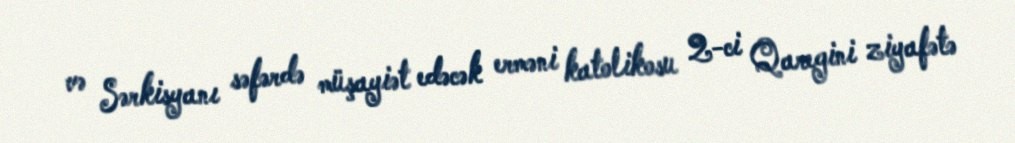
və Sərkisyanı səfərdə müşayiət edəcək erməni katolikosu 2-ci Qaregini ziyafətə